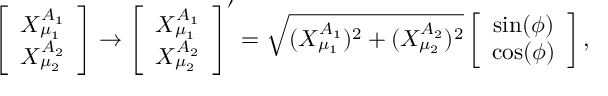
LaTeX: \left[ \begin{array} { c } { { X _ { \mu _ { 1 } } ^ { A _ { 1 } } } } \\ { { X _ { \mu _ { 2 } } ^ { A _ { 2 } } } } \end{array} \right] \rightarrow \left[ \begin{array} { c } { { X _ { \mu _ { 1 } } ^ { A _ { 1 } } } } \\ { { X _ { \mu _ { 2 } } ^ { A _ { 2 } } } } \end{array} \right] ^ { \prime } = \sqrt { ( X _ { \mu _ { 1 } } ^ { A _ { 1 } } ) ^ { 2 } + ( X _ { \mu _ { 2 } } ^ { A _ { 2 } } ) ^ { 2 } } \left[ \begin{array} { c } { { \sin ( \phi ) } } \\ { { \cos ( \phi ) } } \end{array} \right] ,